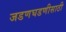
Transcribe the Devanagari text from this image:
जडणघडणीसाठी